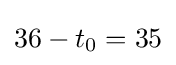
36-t_{0}=35